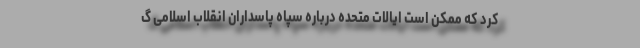
کرد که ممکن است ایالات متحده درباره سپاه پاسداران انقلاب اسلامی گ